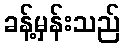
ခန့်မှန်းသည်